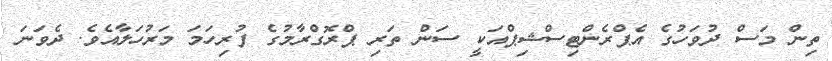
ތިން މަސް ދުވަހުގެ އެޕްރެންޓިސްޝިޕްއަކީ ސަން ތަރި ޕްރޮގްރާމުގެ ފުރިހަމަ މަރުހަލާއެވެ. ދެވަނަ